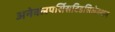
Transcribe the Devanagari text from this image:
अनेबलपर्सिसटिडसिलेक्शन